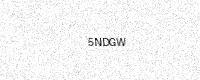
Text: 5NDGW